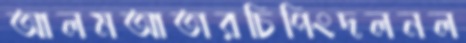
আলমআতারচিপিংদলনল